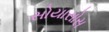
સોયાસોસ